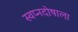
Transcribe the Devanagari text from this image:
स्वप्नदोषाला